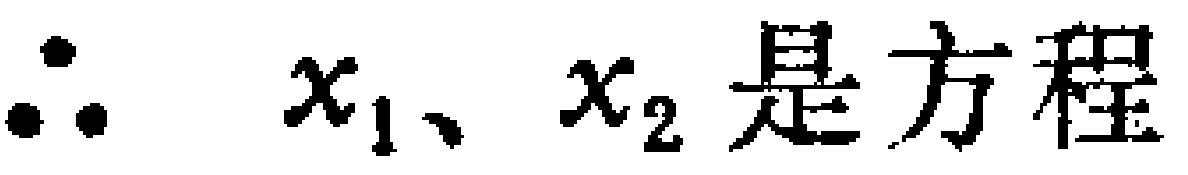
$\therefore\ x_1、x_2是方程$